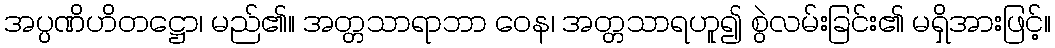
အပ္ပဏိဟိတဋ္ဌော၊ မည်၏။ အတ္တသာရာဘာ ဝေန၊ အတ္တသာရဟူ၍ စွဲလမ်းခြင်း၏ မရှိအားဖြင့်။